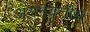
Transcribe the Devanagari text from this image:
अयनवृत्तीय